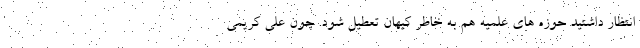
انتظار داشتید حوزه های علمیه هم به خاطر کیهان تعطیل شود. چون علی کریمی